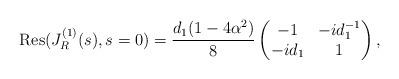
LaTeX: \begin{align*}\mbox{Res}(J_{R}^{(1)}(s),s = 0) = \frac{d_{1}(1-4\alpha^{2})}{8}\begin{pmatrix}-1 & -id_{1}^{-1} \\ -id_{1} & 1\end{pmatrix},\end{align*}